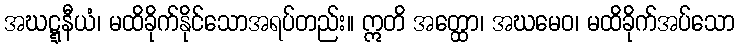
အဃဋ္ဋနီယံ၊ မထိခိုက်နိုင်သောအရပ်တည်း။ ဣတိ အတ္ထော၊ အဃမေဝ၊ မထိခိုက်အပ်သော